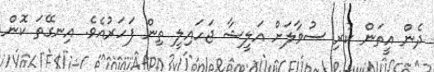
ދެން އީތަަން ކުރި ސުވާލަށް އަލީޝާ ޖަހައިލީ ތިން ފަހަރުއެވެ. އިނގޭތަ ކޮން